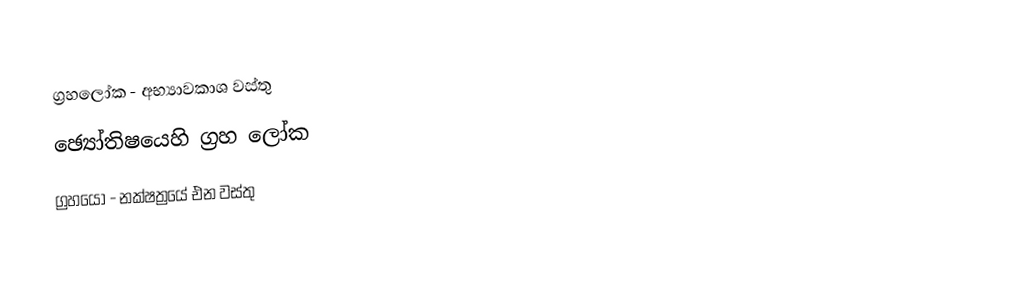
ග්‍රහලෝක - අභ්‍යාවකාශ වස්තු
 ඡ්‍යෝතිෂයෙහි ග්‍රහ ලෝක
 ග්‍රහයෝ - නක්ෂත්‍රයේ එන වස්තු